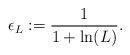
LaTeX: \begin{align*}\epsilon_L:=\frac{1}{1+\ln(L)}.\end{align*}